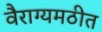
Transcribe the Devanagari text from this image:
वैराग्यमठीत